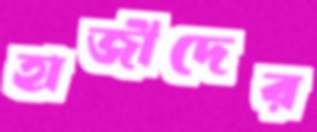
হাজীদের